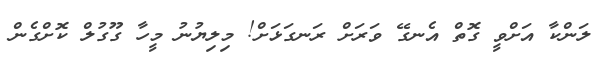
ލަންކާ އަށްވީ ގޮތް އެނގޭ ވަރަށް ރަނގަޅަށް! މިލިޔުނު މީހާ ގޫގުލް ކޮށްގެން